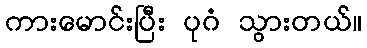
ကားမောင်းပြီး ပုဂံ သွားတယ်။